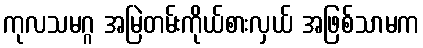
ကုလသမဂ္ဂ အမြဲတမ်းကိုယ်စားလှယ် အဖြစ်သာမက